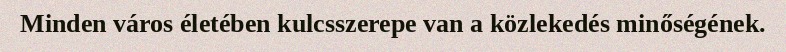
Minden város életében kulcsszerepe van a közlekedés minőségének.